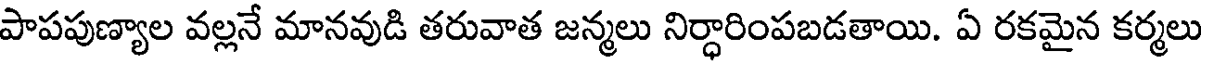
పాపపుణ్యాల వల్లనే మానవుడి తరువాత జన్మలు నిర్ధారింపబడతాయి. ఏ రకమైన కర్మలు